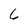
Character: 6